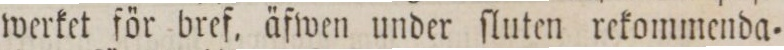
werket för bref. äfwen under ſluten rekommenda=